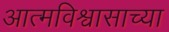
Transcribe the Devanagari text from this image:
आत्मविश्वासाच्या